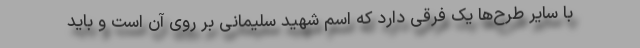
با سایر طرح‌ها یک فرقی دارد که اسم شهید سلیمانی بر روی آن است و باید